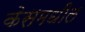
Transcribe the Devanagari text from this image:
केसमधील